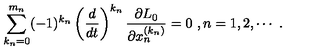
\sum _ { k _ { n } = 0 } ^ { m _ { n } } ( - 1 ) ^ { k _ { n } } \left( \frac { d } { d t } \right) ^ { k _ { n } } \frac { \partial L _ { 0 } } { \partial x _ { n } ^ { ( k _ { n } ) } } = 0 \ , n = 1 , 2 , \cdots \ .